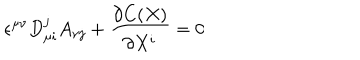
\epsilon ^ { \mu \nu } D _ { \mu i } ^ { j } A _ { \nu j } + \frac { \partial C ( X ) } { \partial X ^ { i } } = 0